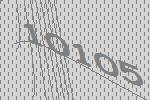
10105